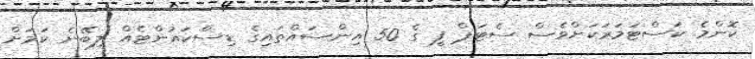
ކޮންމެ ކަސްޓަމަރަކަށްވެސް ސެޓަޕް ފީ ގެ 50 އިންސައްތައިގެ ޑިސްކައުންޓެއް ލިބޭނެ ކަމަށް